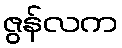
ဇွန်လက